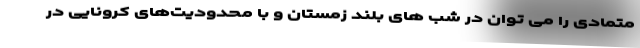
متمادی را می توان در شب های بلند زمستان و با محدودیت‌های کرونایی در